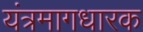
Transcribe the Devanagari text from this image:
यंत्रमागधारक